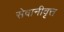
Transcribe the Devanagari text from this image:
सेवानीवृत्त